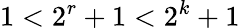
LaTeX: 1<2^{r}+1<2^{k}+1